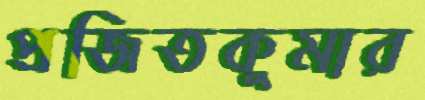
প্রজিতকুমার